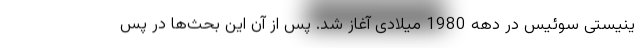
ینیستی سوئیس در دهه 1980 میلادی آغاز شد. پس از آن این بحث‌ها در پس